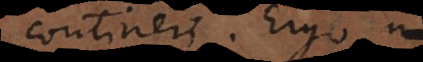
contineri. Ergo, n